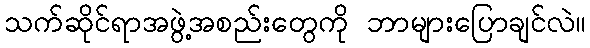
သက်ဆိုင်ရာအဖွဲ့အစည်းတွေကို ဘာများပြောချင်လဲ။